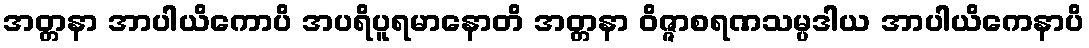
အတ္တနာ အာပါယိကောပိ အပရိပူရမာနောတိ အတ္တနာ ဝိဇ္ဇာစရဏသမ္ပဒါယ အာပါယိကေနာပိ